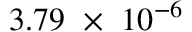
3 . 7 9 ~ \times ~ 1 0 ^ { - 6 }